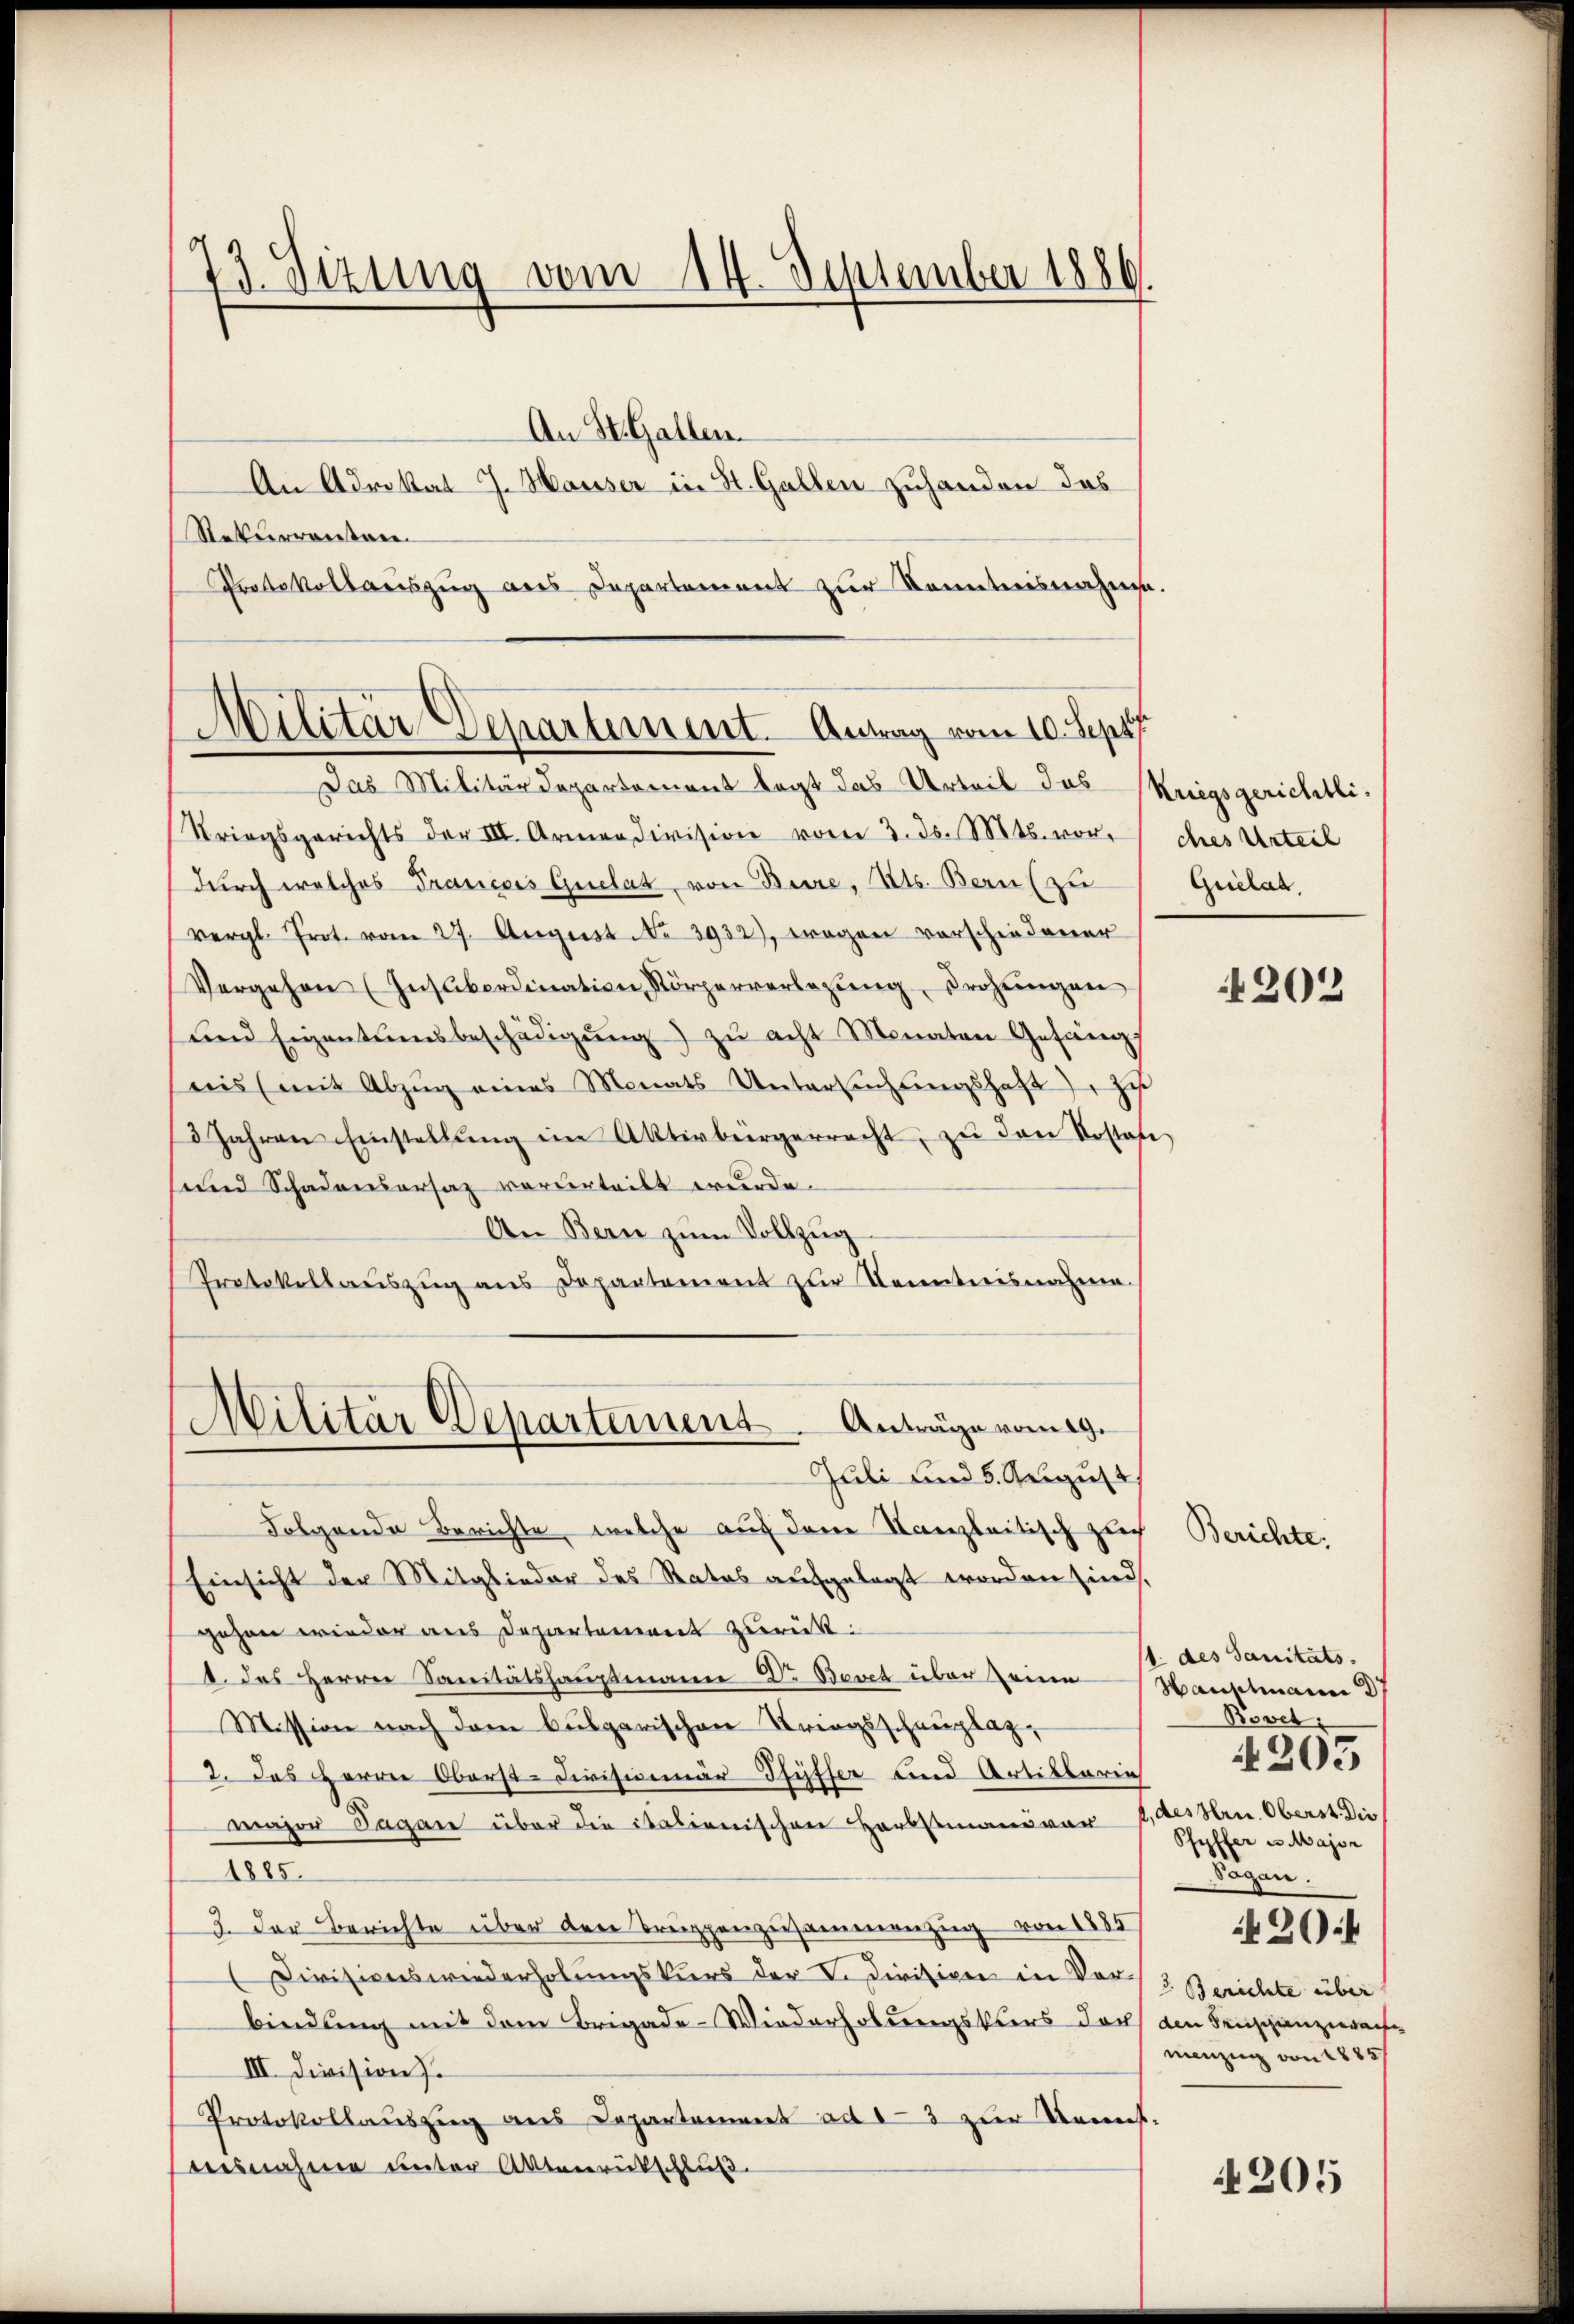
An St. Gallen.
An Advokat J. Hauser in St. Gallen zuhanden das
Rekurrentare
Protokollauszug aus Departement zur Kenntnisnahme.

73. Sizung vom 14. September 1886.

Militär Departement. Antrag vom 10. Sept

Militär Departement. Anträge rang.
Juli und 5. August.

Das Militärdepartement legt das Urteil das Kriegsgerichtli¬
Striegsgerichts der III. Armen division vom 3. ds. Mts. vor,
durch welches Francois Quelat von Bure, Kts. Bern (zu
vergl. Prot. vom 27. Aŭgust No 3932), Fragen vorschiedener
Vergehen (Insubordination Körperverlegŭng drohŭngen
und Eigentumsbeschädigŭng zŭ acht Monaten Gefäng
ais (mit Abzŭg eines Monats Untersŭchŭngshaft zu
3 Jahren Einstellŭng im Aktivbürgerrecht, zŭ den Kostafe
und Schadensersaz vorderteilt wurde.
An Bern zum Vollzug
Protokollauszug aus Departement zur Kenntnisnahme.
Folgende Berichte, welche auch dene Kanzleitisch zlich
Einsicht der Mitglieder des Status aufgelegt worden sind,
gehen wieder aus Departement zurück:
1. das Herren Sanitätshauptmann Dr. Bovet über seine Hauptmann
Mission nach dem bulgarischen Kriegsschauptag,
2. Das Herrn Oberst-Civisionär Pfyffer und Artiklaren
major Sagan über die italienischen Herbstmand vor
1885.
3. Der Berichte über den Truppenzusammenzug von 1885
Divisionswiederholungskurs der V. Diritiven in Vor 3 Berichte über
bindung mit dem Brigade-Wiederholungskurs der den Feuzganzerau
III. Division.
Protokollaŭszŭg ans Departement ad 1-3 zŭr Bemes-
desnahme unter Aktenrückschluß

ches Urteil
Griclat.

202

Berichte.

1. des Sanitäts
Bovet,
f, des Hrn. Oberst die
Pfyffer u. Major
Tagen.
4204
menzung von 1885/

4205

205